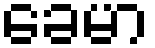
ခေမာ